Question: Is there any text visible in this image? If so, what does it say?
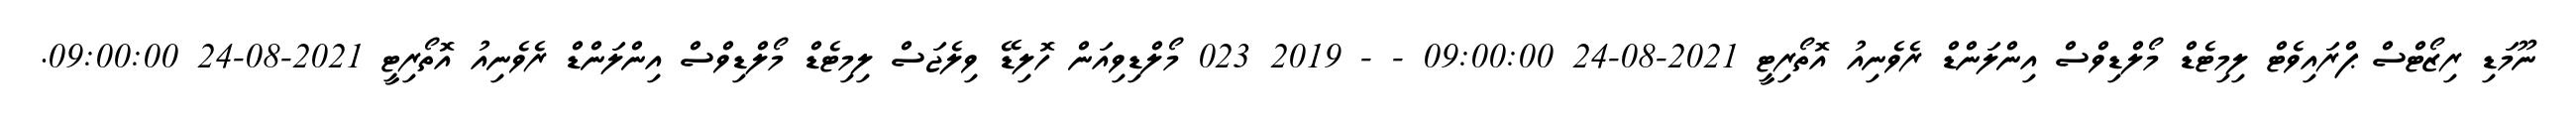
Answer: ނޫމަޑި ރިޒޯޓްސް ޕްރައިވެޓް ލިމިޓެޑް މޯލްޑިވްސް އިންލަންޑް ރެވެނިއު އޮތޯރިޓީ 2021-08-24 09:00:00 - - 2019 023 މޯލްޑިވިއަން ހޮލިޑޭ ވިލެޖަސް ލިމިޓެޑް މޯލްޑިވްސް އިންލަންޑް ރެވެނިއު އޮތޯރިޓީ 2021-08-24 09:00:00.